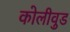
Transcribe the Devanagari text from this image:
कोलीवुड